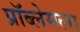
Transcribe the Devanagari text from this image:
प्रॉब्लेमला